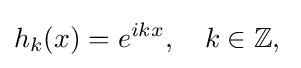
h_{k}(x)=e^{ikx},\quad k\in \mathbb {Z} ,\;